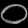
Digit: ၀